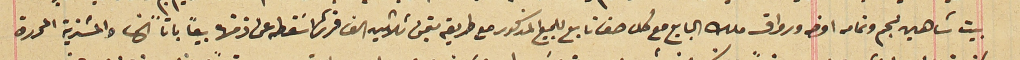
بيت شاهين نجم وتمامه اوضه ورواق ملك البايع مع كل حق تابع للمبيع المذكور مع طريقه بتمن ثلاثين الف قرش اسَقطه عن ذمتها بيعاً باتاً الخ والمشترية المحررة